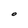
Character: o